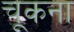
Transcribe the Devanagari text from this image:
चूकना